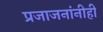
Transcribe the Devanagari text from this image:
प्रजाजनांनीही